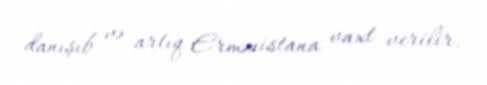
danışıb və artıq Ermənistana vaxt verilir.